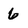
Character: 6